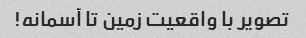
تصویر با واقعیت زمین تا آسمانه!